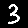
Digit: 3